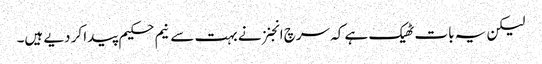
لیکن یہ بات ٹھیک ہے کہ سرچ انجنز نے بہت سے نیم حکیم پیدا کر دیے ہیں۔